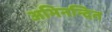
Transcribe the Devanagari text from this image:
अभिनन्दित